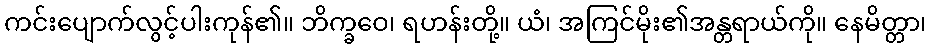
ကင်းပျောက်လွင့်ပါးကုန်၏။ ဘိက္ခဝေ၊ ရဟန်းတို့။ ယံ၊ အကြင်မိုး၏အန္တရာယ်ကို။ နေမိတ္တာ၊